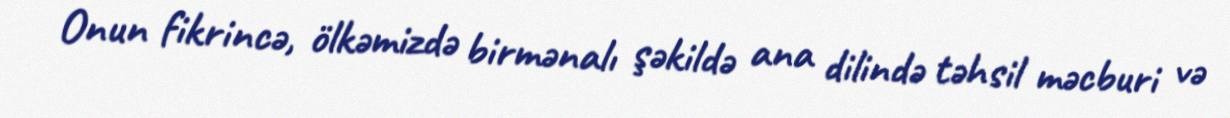
Onun fikrincə, ölkəmizdə birmənalı şəkildə ana dilində təhsil məcburi və